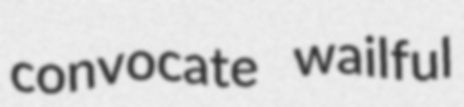
convocate wailful